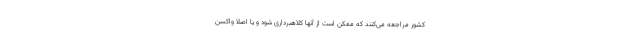
کشور مراجعه می‌کنند که ممکن است از آنها کلاهبرداری شود و یا اصلا واکسن